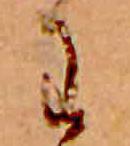
わ